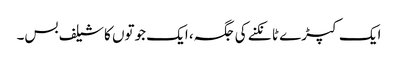
ایک کپڑے ٹانکنے کی جگہ، ایک جوتوں کا شیلف بس۔